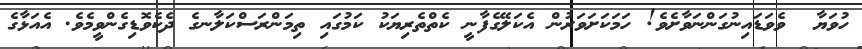
ހުވަޔާ  ވެވަޑައިނުގަންނަވާށެވެ! ހަމަކަށަވަރުން އެކަލޭގެފާނީ ކެތްތެރިޔަކު ކަމުގައި ތިމަންރަސްކަލާނގެ ދެކެވޮޑިގެންވީމެވެ. އެއަޅާގެ